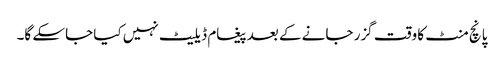
پانچ منٹ کا وقت گزر جانے کے بعد پیغام ڈیلیٹ نہیں کیا جاسکے گا۔